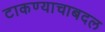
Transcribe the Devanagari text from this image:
टाकण्याचाबदल